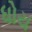
ધોય